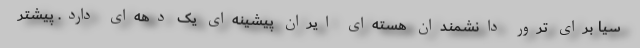
سیا برای ترور دانشمندان هسته‌ای ایران پیشینه‌ای یک دهه‌ای دارد. پیشتر